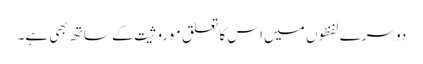
دوسرے لفظوں میں اس کا تعلق موروثیت کے ساتھ بھی ہے۔